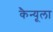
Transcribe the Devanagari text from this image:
कैन्यूला